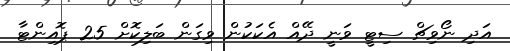
އަދި ނޯވިޗް ސިޓީ ވަނީ ދޭއް އެކަކުން ވިގަން ބަލިކޮށް 25 ޕޮއިންޓާ